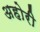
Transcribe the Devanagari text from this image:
अहोरी